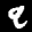
Label: 9